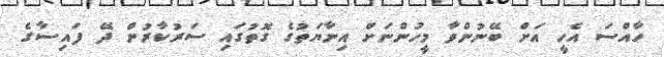
ހާއްސަ އެހީ އަށް ބޭނުންވާ މީހުންނަށް އިނާޔަތުގެ ގޮތުގައި ސަރުކާރުން ދޭ ފައިސާގެ